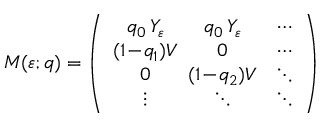
\boldsymbol { M } ( \varepsilon ; \boldsymbol { q } ) = \left( \begin{array} { c c c } { q _ { 0 } \, Y _ { \varepsilon } } & { \! \! \! q _ { 0 } \, Y _ { \varepsilon } } & { \cdots } \\ { ( 1 \! - \! q _ { 1 } ) V } & { \! \! \! 0 } & { \cdots } \\ { 0 } & { \! \! \! ( 1 \! - \! q _ { 2 } ) V } & { \ddots } \\ { \vdots } & { \! \! \! \ddots } & { \ddots } \end{array} \right)